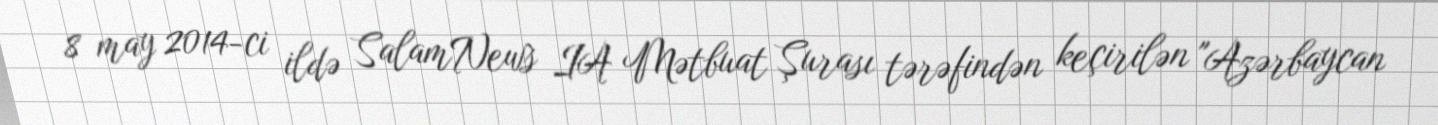
8 may 2014-ci ildə SalamNews IA Mətbuat Şurası tərəfindən keçirilən "Azərbaycan